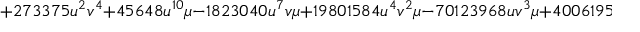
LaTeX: + 2 7 3 3 7 5 u ^ { 2 } v ^ { 4 } + 4 5 6 4 8 u ^ { 1 0 } \mu - 1 8 2 3 0 4 0 u ^ { 7 } v \mu + 1 9 8 0 1 5 8 4 u ^ { 4 } v ^ { 2 } \mu - 7 0 1 2 3 9 6 8 u v ^ { 3 } \mu + 4 0 0 6 1 9 5 2 u ^ { 6 } { \mu } ^ { 2 }